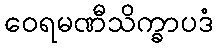
ဝေရမဏီသိက္ခာပဒံ